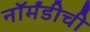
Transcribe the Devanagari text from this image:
नॉर्मंडीची